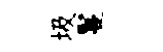
圾鬘